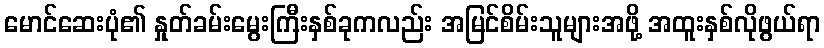
မောင်ဆေးပုံ၏ နှုတ်ခမ်းမွေးကြီးနှစ်ခုကလည်း အမြင်စိမ်းသူများအဖို့ အထူးနှစ်လိုဖွယ်ရာ